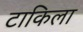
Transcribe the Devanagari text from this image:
टाकिला